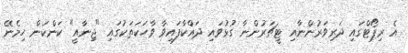
އެ ރިޕޯޓްގައި ދަރިވަރުންނާއި ޓީޗަރުންނާ ގުޅުވައި ދައްކާފައިވާ ވާހަކަތަކުގައި "ޖިނާއީ" ކަންކަން ހިމެނޭ